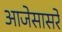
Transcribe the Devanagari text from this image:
आजेसासरे